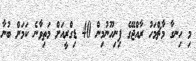
މި ހިނގާ މާޗްމަހު ރާއްޖޭގެ ފިނިހޫނުމިން 40 ޑިގްރީއަށް މަތިވާނެ ކަމަށް ބުނާ